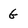
Character: G